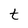
Character: t